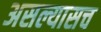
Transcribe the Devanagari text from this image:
असल्यासच